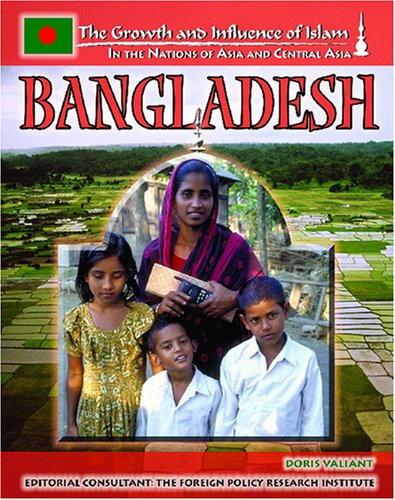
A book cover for Bangladesh (The Growth and Influence of Islam in the Nations of Asia and Central Asia); Doris Valliant; Teen & Young Adult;